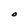
Character: o